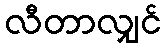
လီတာလျှင်